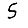
Digit: 5